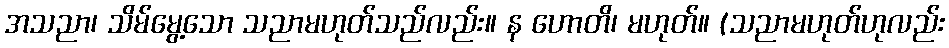
အသညာ၊ သိမ်မွေ့သော သညာမဟုတ်သည်လည်း။ န ဟောတိ၊ မဟုတ်။ (သညာမဟုတ်ဟုလည်း